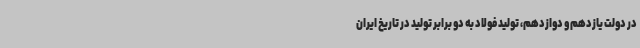
در دولت یازدهم و دوازدهم، تولید فولاد به دو برابر تولید در تاریخ ایران